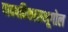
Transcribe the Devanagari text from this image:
पादपविकासभूगोल